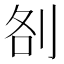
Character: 㓢